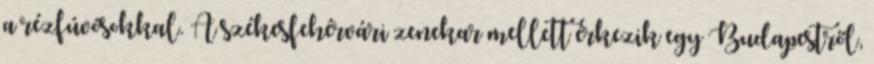
a rézfúvósokkal. A székesfehérvári zenekar mellett érkezik egy Budapestről,